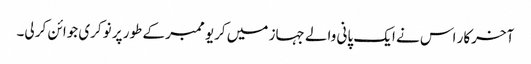
آخرکار اس نے ایک پانی والے جہاز میں کریو ممبر کے طور پر نوکری جوائن کر لی۔